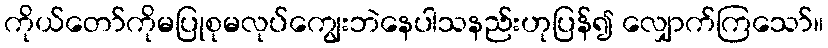
ကိုယ်တော်ကိုမပြုစုမလုပ်ကျွေးဘဲနေပါသနည်းဟုပြန်၍ လျှောက်ကြသော်။